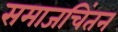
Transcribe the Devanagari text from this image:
समाजचिंतन